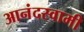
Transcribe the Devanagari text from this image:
आनंदस्वामी